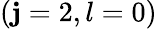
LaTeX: (\mathbf{j}=2,l=0)